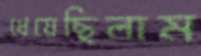
ধেয়েছিলাম